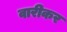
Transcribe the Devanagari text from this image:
वारीकर